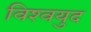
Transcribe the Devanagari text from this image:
विश्‍वयुद